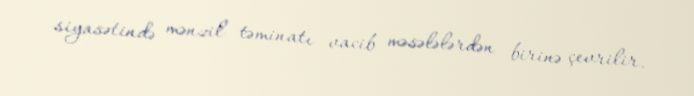
siyasətində mənzil təminatı vacib məsələlərdən birinə çevrilir.